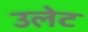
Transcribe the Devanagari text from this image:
उलेट